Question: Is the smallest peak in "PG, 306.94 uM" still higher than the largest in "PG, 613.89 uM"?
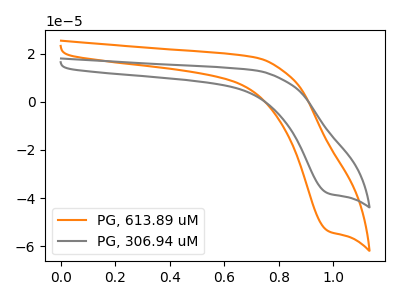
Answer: <think>The orange curve "PG, 613.89 uM" has a cathodic peak at: (1.00V, -53.70uA). The gray curve "PG, 306.94 uM" has a cathodic peak at: (1.00V, -38.05uA).</think>
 <answer>Every peak in "PG, 306.94 uM" is lower than every peak in "PG, 613.89 uM".</answer>
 <eval>lower</eval>